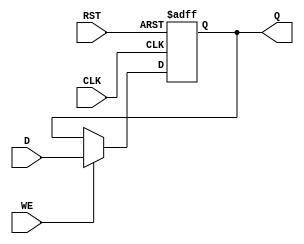
module StoreRegister (
    input wire D,        // Data input
    input wire CLK,      // Clock input
    input wire WE,       // Write Enable
    input wire RST,      // Reset
    output reg Q         // Stored output
);

    // Asynchronous reset and synchronous write behavior
    always @(posedge CLK or posedge RST) begin
        if (RST) begin
            Q <= 1'b0;    // Reset value (can be changed as needed)
        end else if (WE) begin
            Q <= D;       // Capture input data on write enable
        end
    end
endmodule